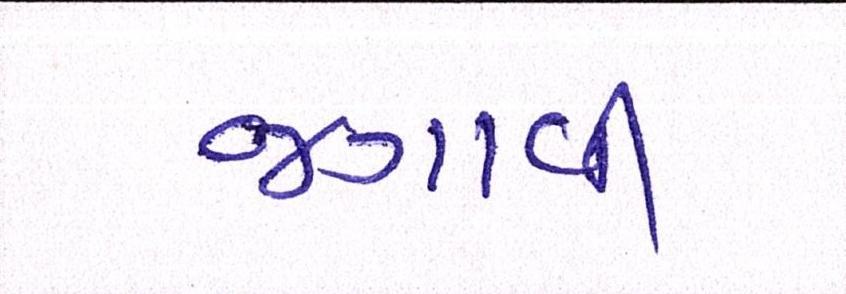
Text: જગાવી